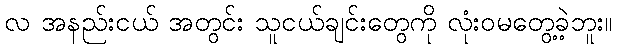
လ အနည်းငယ် အတွင်း သူငယ်ချင်းတွေကို လုံးဝမတွေ့ခဲ့ဘူး။